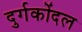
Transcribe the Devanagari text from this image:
दुर्गकोंदल